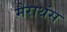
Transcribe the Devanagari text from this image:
मैराथंस